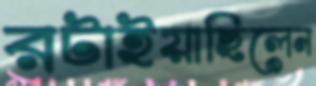
রটাইয়াছিলেন